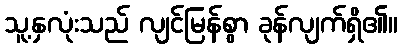
သူ့နှလုံးသည် လျင်မြန်စွာ ခုန်လျက်ရှိ၏။